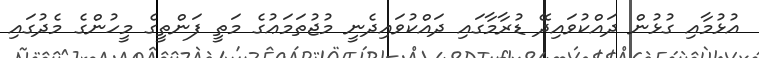
އުޅުމާއި ގުޅުން ދައްކުވައިދޭ ޑުރާމާގައި ދައްކުވައިދެނީ މުޖުތަމަޢުގެ މަތީ ފަންތީގެ މީހުންގެ މެދުގައި